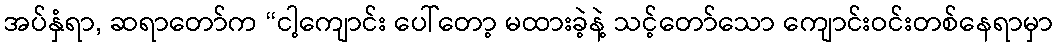
အပ်နှံရာ, ဆရာတော်က “ငါ့ကျောင်း ပေါ်တော့ မထားခဲ့နဲ့ သင့်တော်သော ကျောင်းဝင်းတစ်နေရာမှာ